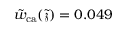
\tilde { w } _ { \mathrm { c a } } ( \tilde { \mathfrak { z } } ) = 0 . 0 4 9